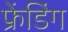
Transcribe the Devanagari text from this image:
फ्रेंडिंग